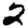
Digit: 2